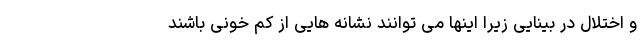
و اختلال در بینایی زیرا اینها می توانند نشانه هایی از کم خونی باشند